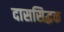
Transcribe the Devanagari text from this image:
दाससिद्धक